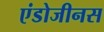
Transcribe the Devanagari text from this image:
एंडोजीनस